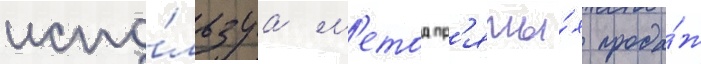
испо́льзуа м'етод пр'ямы́х прода́ж